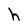
Character: h